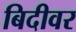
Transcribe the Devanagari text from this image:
बिदीवर